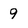
Character: 9